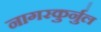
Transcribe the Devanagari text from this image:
नागरकुर्नुल